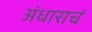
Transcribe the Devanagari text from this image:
अंधाराचं